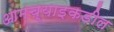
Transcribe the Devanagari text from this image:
आमच्याइकडील